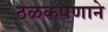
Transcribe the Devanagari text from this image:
ठळकपणाने